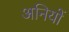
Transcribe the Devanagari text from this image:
अनियों